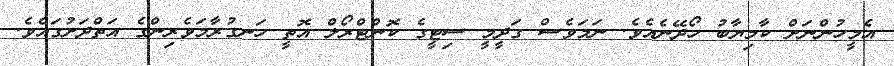
އެމީހުންނަށް ކާމިޔާބު ހޯދޭނެއެވެ. ނަމަވެސް ގަދީމީ ސިޓީގެ ކޮންޓްރޯލް އޮތީ ހަނގުރާމަވެރިންގެ އަތްދަށުގައެވެ.